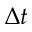
\Delta t